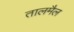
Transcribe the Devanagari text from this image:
तालमैल